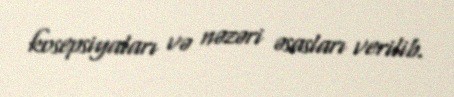
kosepsiyaları və nəzəri əsasları verilib.